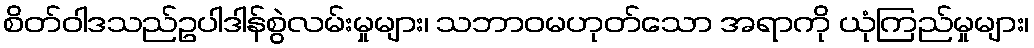
စိတ်ဝါဒသည်ဥပါဒါန်စွဲလမ်းမှုများ၊ သဘာဝမဟုတ်သော အရာကို ယုံကြည်မှုများ၊